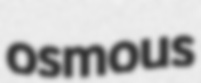
osmous